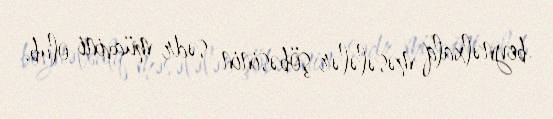
beynəlxalq məsələlər şöbəsinin sədr müavini olub.